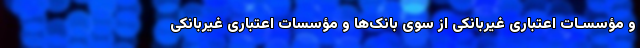
و مؤسسـات اعتباری غیربانکی از سوی بانک‌ها و مؤسسات اعتباری غیربانکی